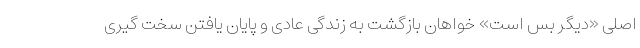
اصلی «دیگر بس است» خواهان بازگشت به زندگی عادی و پایان یافتن سخت گیری